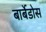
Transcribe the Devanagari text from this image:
बार्बेडोस